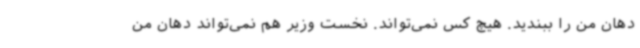
دهان من را ببندید. هیچ کس نمی‌تواند. نخست وزیر هم نمی‌تواند دهان من